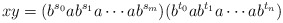
\begin{align*}xy=(b^{s_0}ab^{s_1}a\cdots ab^{s_m})(b^{t_0}ab^{t_1}a\cdots ab^{t_n})\end{align*}